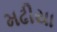
મઢીયા